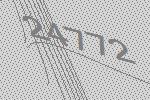
24772